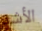
الأشد